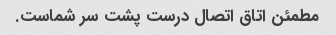
مطمئن اتاق اتصال درست پشت سر شماست.